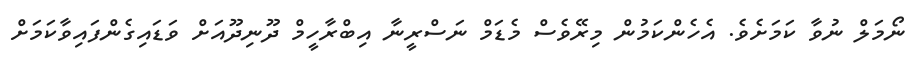
ނޯމަލް ނުވާ ކަމަށެވެ. އެހެންކަމުން މިރޭވެސް މެޑަމް ނަސްރީނާ އިބްރާހީމް ދޫނިދޫއަށް ވަޑައިގެންފައިވާކަމަށް